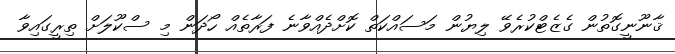
ޤާނޫނީގޮތުން ގެޒެޓްކުރެވޭ ލިޔުން މަސައްކަތް ކޮށްދެއްވާނެ ފަރާތެއް ހޯދަން މި ސްކޫލަށް ތިރީގައިވާ